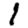
Digit: 1